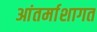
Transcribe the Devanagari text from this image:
आंतर्माशागत